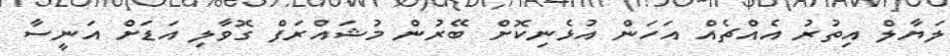
ލަޔާލް އިތުރު އެއްޗެއް އަހަން އުޅެނިކޮށް ބޭރުން މުޝައްރަފް ގޮވާލި އަޑަށް އަނީސާ